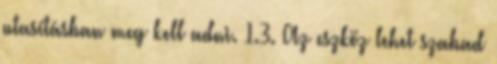
utasításban meg kell adni. 1.3. Az eszköz lehet szabad